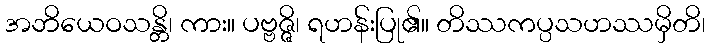
အဘိယေဝသန္တိ၊ ကား။ ပဗ္ဗဇ္ဇိ၊ ရဟန်းပြု၏။ တိဿကပ္ပသဟဿမှိတိ၊